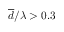
\overline { { d } } / \lambda > 0 . 3